Civil Veterinary Dept. North-West Frontier Province 1933-46 - 1933-1946
Year: 1933
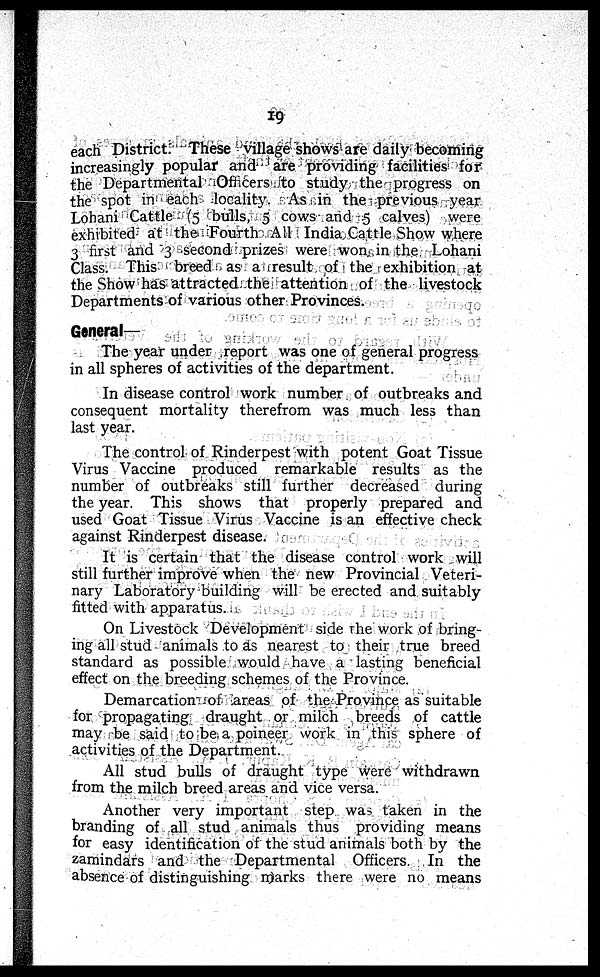
19
each District. These village shows are daily becoming
increasingly popular and are providing facilities for
the Departmental Officers to study the progress on
the spot in each locality. As in the previous year
Lohani Cattle (5 bulls, 5 cows and 5 calves) were
exhibited at the Fourth All India Cattle Show where
3 first and 3 second prizes were won in the Lohani
Class. This breed as a result of the exhibition at
the Show has attracted the attention of the livestock
Departments of various other Provinces.
General—
The year under report was one of general progress
in all spheres of activities of the department.
In disease control work number of outbreaks and
consequent mortality therefrom was much less than
last year.
The control of Rinderpest with potent Goat Tissue
Virus Vaccine produced remarkable results as the
number of outbreaks still further decreased during
the year. This shows that properly prepared and
used Goat Tissue Virus Vaccine is an effective check
against Rinderpest disease.
It is certain that the disease control work will
still further improve when the new Provincial Veteri-
nary Laboratory building will be erected and suitably
fitted with apparatus.
On Livestock Development side the work of bring-
ing all stud animals to as nearest to their true breed
standard as possible would have a lasting beneficial
effect on the breeding schemes of the Province.
Demarcation of areas of the Province as suitable
for propagating draught or milch breeds of cattle
may be said to be a poineer work in this sphere of
activities of the Department.
All stud bulls of draught type were withdrawn
from the milch breed areas and vice versa.
Another very important step was taken in the
branding of all stud animals thus providing means
for easy identification of the stud animals both by the
zamindars and the Departmental Officers. In the
absence of distinguishing marks there were no means